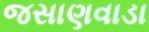
જસાણવાડા